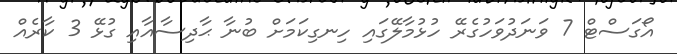
އޯގަސްޓް 7 ވަނަދުވަހުގެރޭ ހުޅުމާލޭގައި ހިނގިކަމަށް ބުނާ ޙާދިސާއާއި ގުޅޭ 3 ކާރެއް